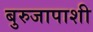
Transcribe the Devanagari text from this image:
बुरुजापाशी